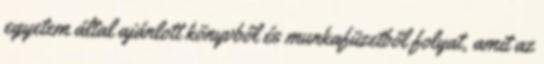
egyetem által ajánlott könyvből és munkafüzetből folyat, amit az